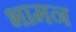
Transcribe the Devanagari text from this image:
भामन